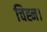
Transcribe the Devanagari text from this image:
चिह्न।